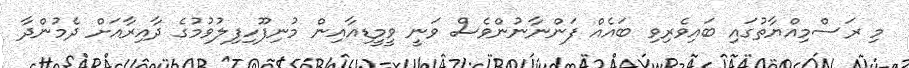
މި ރަސްމިއްޔާތުގައި ބައިވެރިވި ބައެއް ފަންނާނުންވެސް ވަނީ ވީމީޑިއާއިން މުނިފޫހިފިލުވުމުގެ ދާއިރާއަށް ދެމުންދާ